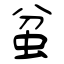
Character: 蚠